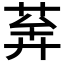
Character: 𦯨